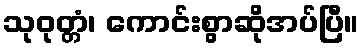
သုဝုတ္တံ၊ ကောင်းစွာဆိုအပ်ပြီ။